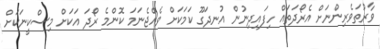
ވާރުތަވެރިންނަށް އެރޯދަތައް ހިފައިދިނުން އުނދަގޫ ކަމަކަށް ވެއްޖެނަމަ ކޮންމެ ރޯދަ އަކަށް މިސްކީނަކަށް